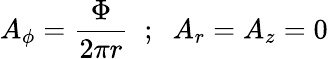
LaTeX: A_{\phi}=\frac{\Phi}{2\pi r}\; \; ;\; \; A_{r}=A_{z}=0